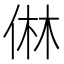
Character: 㑣